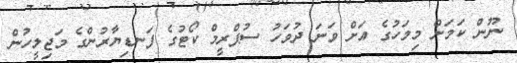
ނޫން ކަމަށް މިމަހުގެ އަށް ވަނަ ދުވަހު ސުޕްރީމް ކޯޓުގެ ފަނޑިޔާރުންގެ މަޖިލީހުން